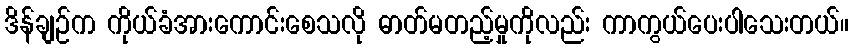
ဒိန်ချဉ်က ကိုယ်ခံအားကောင်းစေသလို ဓာတ်မတည့်မှုကိုလည်း ကာကွယ်ပေးပါသေးတယ်။